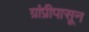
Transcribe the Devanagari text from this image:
ग्रांप्रीपासून